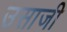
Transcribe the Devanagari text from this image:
उसाजी